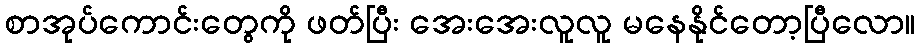
စာအုပ်ကောင်းတွေကို ဖတ်ပြီး အေးအေးလူလူ မနေနိုင်တော့ပြီလော။